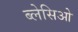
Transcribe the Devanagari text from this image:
ब्लेसिओ